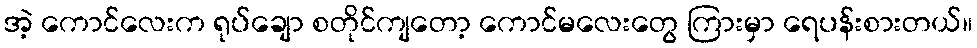
အဲ့ ကောင်လေးက ရုပ်ချော စတိုင်ကျတော့ ကောင်မလေးတွေ ကြားမှာ ရေပန်းစားတယ်။